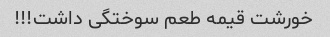
خورشت قیمه طعم سوختگی داشت!!!